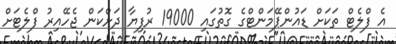
އެ ފްލެޓް ތަކަށް ޑައުންޕޭމަންޓްގެ ގޮތުގައި 19000 ރުފިޔާ ދަށްކަން ޖެހޭއިރު ފްލެޓަށް